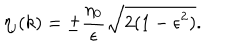
LaTeX: \eta _ { \mathrm { j } } ( k ) = \pm \frac { \eta _ { 0 } } { \epsilon } \sqrt { 2 ( 1 - \epsilon ^ { 2 } ) } .